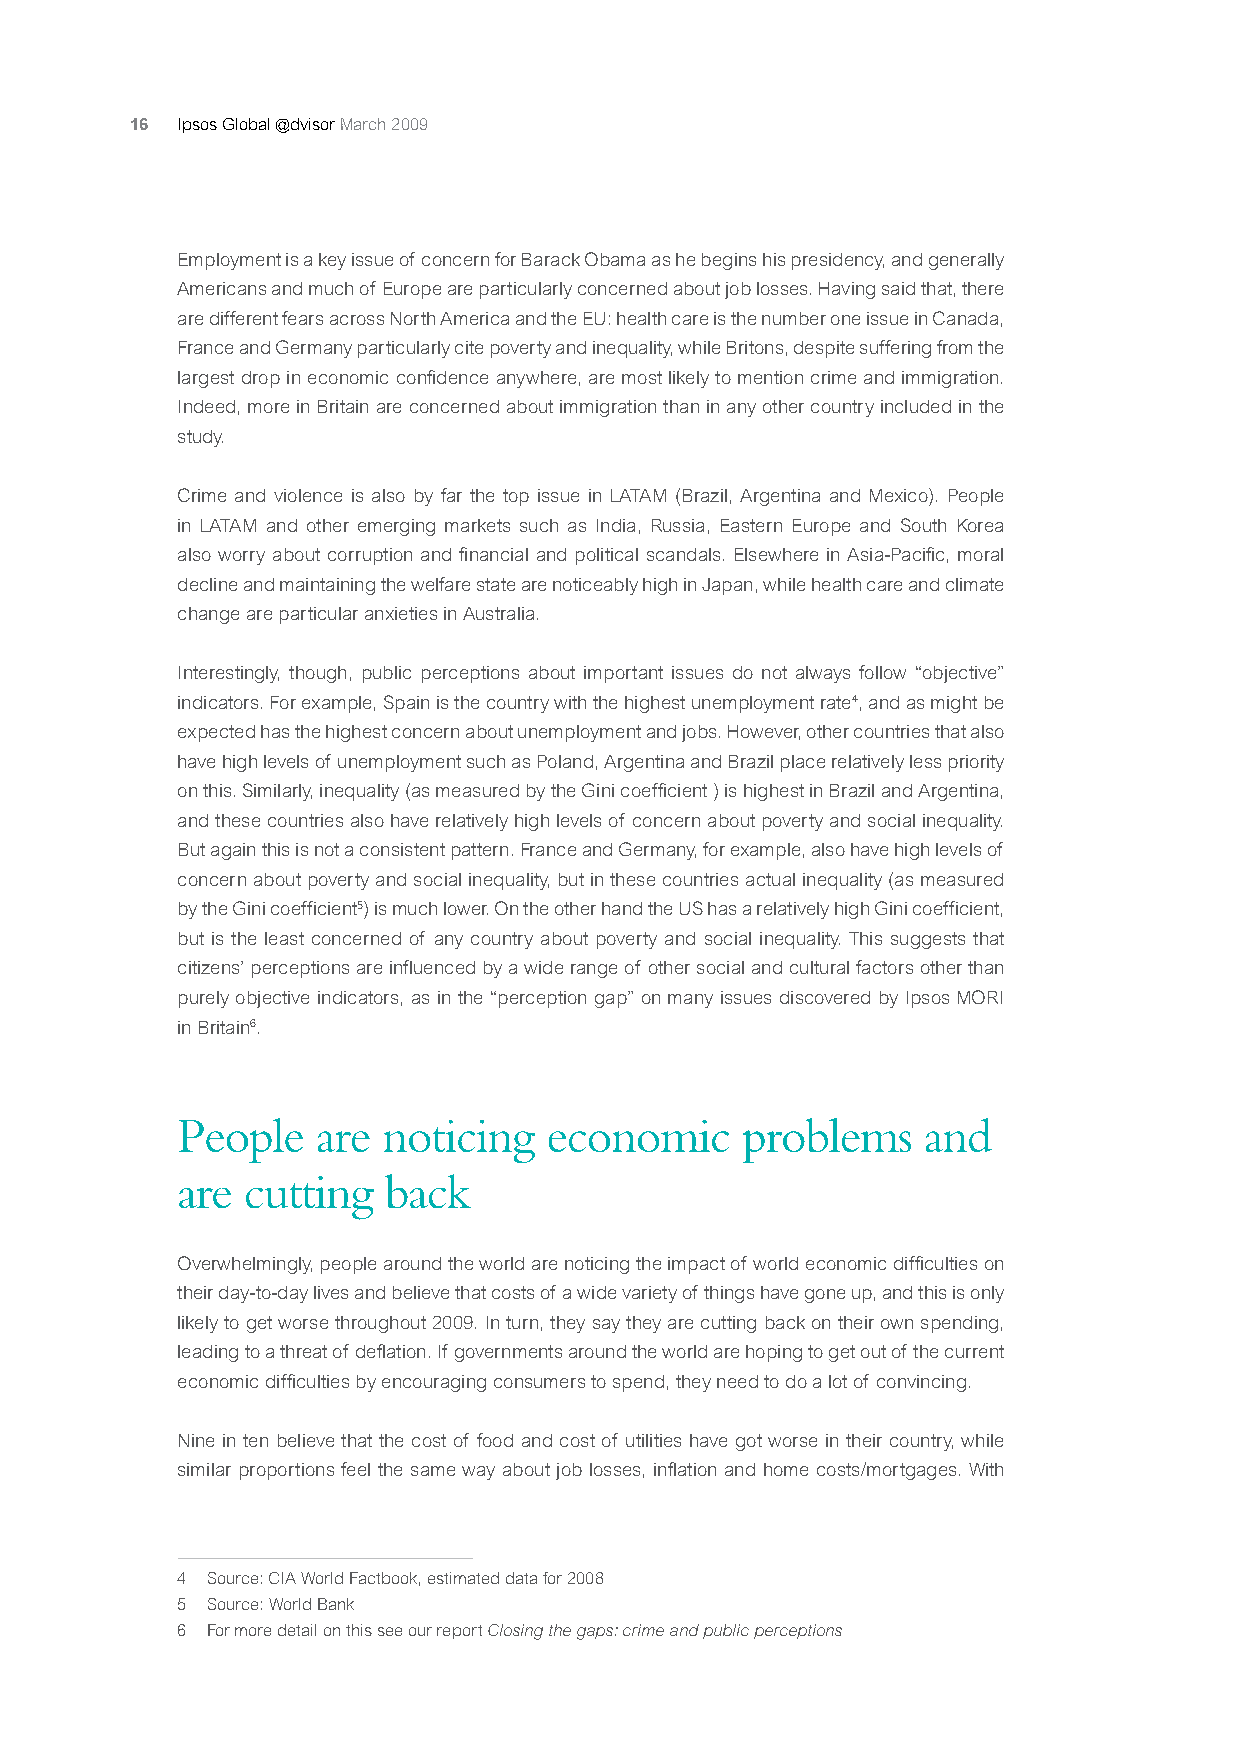
16 Ipsos Global @dvisor March 2009
 Employment is a key issue of concern for Barack Obama as he begins his presidency, and generally
 Americans and much of Europe are particularly concerned about job losses. Having said that, there
 are different fears across North America and the EU: health care is the number one issue in Canada,
 France and Germany particularly cite poverty and inequality, while Britons, despite suffering from the
 largest drop in economic confidence anywhere, are most likely to mention crime and immigration.
 Indeed, more in Britain are concerned about immigration than in any other country included in the
 study.
 Crime and violence is also by far the top issue in LATAM (Brazil, Argentina and Mexico). People
 in LATAM and other emerging markets such as India, Russia, Eastern Europe and South Korea
 also worry about corruption and financial and political scandals. Elsewhere in Asia-Pacific, moral
 decline and maintaining the welfare state are noticeably high in Japan, while health care and climate
 change are particular anxieties in Australia.
 Interestingly, though, public perceptions about important issues do not always follow “objective”
 indicators. For example, Spain is the country with the highest unemployment rate4, and as might be
 expected has the highest concern about unemployment and jobs. However, other countries that also
 have high levels of unemployment such as Poland, Argentina and Brazil place relatively less priority
 on this. Similarly, inequality (as measured by the Gini coefficient ) is highest in Brazil and Argentina,
 and these countries also have relatively high levels of concern about poverty and social inequality.
 But again this is not a consistent pattern. France and Germany, for example, also have high levels of
 concern about poverty and social inequality, but in these countries actual inequality (as measured
 by the Gini coefficient5) is much lower. On the other hand the US has a relatively high Gini coefficient,
 but is the least concerned of any country about poverty and social inequality. This suggests that
 citizens’ perceptions are influenced by a wide range of other social and cultural factors other than
 purely objective indicators, as in the “perception gap” on many issues discovered by Ipsos MORI
 in Britain6.
 People   are noticing   economic     problems    and
 are cutting  back
 Overwhelmingly, people around the world are noticing the impact of world economic difficulties on
 their day-to-day lives and believe that costs of a wide variety of things have gone up, and this is only
 likely to get worse throughout 2009. In turn, they say they are cutting back on their own spending,
 leading to a threat of deflation. If governments around the world are hoping to get out of the current
 economic difficulties by encouraging consumers to spend, they need to do a lot of convincing.
 Nine in ten believe that the cost of food and cost of utilities have got worse in their country, while
 similar proportions feel the same way about job losses, inflation and home costs/mortgages. With
 4 Source: CIA World Factbook, estimated data for 2008
 5 Source: World Bank
 6 For more detail on this see our report Closing the gaps: crime and public perceptions